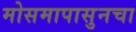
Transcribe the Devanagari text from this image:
मोसमापासुनचा